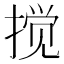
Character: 搅